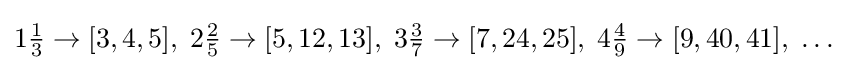
1{\tfrac {1}{3}}\rightarrow [3,4,5],\;2{\tfrac {2}{5}}\rightarrow [5,12,13],\;3{\tfrac {3}{7}}\rightarrow [7,24,25],\;4{\tfrac {4}{9}}\rightarrow [9,40,41],\;\ldots